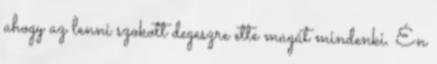
ahogy az lenni szokott degeszre ette magát mindenki. Én